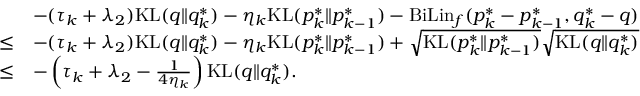
\begin{array} { r l } & { - ( \tau _ { k } + \lambda _ { 2 } ) \mathrm { K L } ( q \| q _ { k } ^ { * } ) - \eta _ { k } \mathrm { K L } ( p _ { k } ^ { * } \| p _ { k - 1 } ^ { * } ) - \mathrm { B i L i n } _ { f } ( p _ { k } ^ { * } - p _ { k - 1 } ^ { * } , q _ { k } ^ { * } - q ) } \\ { \leq } & { - ( \tau _ { k } + \lambda _ { 2 } ) \mathrm { K L } ( q \| q _ { k } ^ { * } ) - \eta _ { k } \mathrm { K L } ( p _ { k } ^ { * } \| p _ { k - 1 } ^ { * } ) + \sqrt { \mathrm { K L } ( p _ { k } ^ { * } \| p _ { k - 1 } ^ { * } ) } \sqrt { \mathrm { K L } ( q \| q _ { k } ^ { * } ) } } \\ { \leq } & { - \left( \tau _ { k } + \lambda _ { 2 } - \frac { 1 } { 4 \eta _ { k } } \right) \mathrm { K L } ( q \| q _ { k } ^ { * } ) . } \end{array}